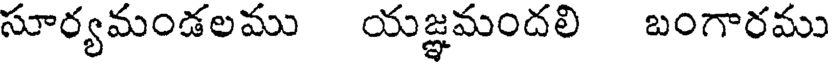
సూర్యమండలము యజ్ఞమందలి బంగారము